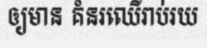
ឲ្យមាន គំនរឈើរាប់រយ